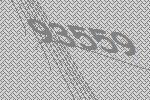
93559